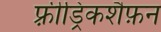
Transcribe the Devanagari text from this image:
फ़्रीड्रिकशैफ़न